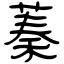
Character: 蓁